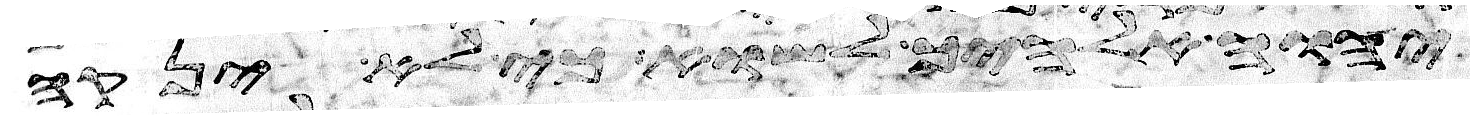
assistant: יהוה אלהיך לשוא כי לא ינקה